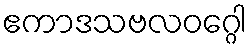
ဧကာဒသဗလဝဂ္ဂေါ